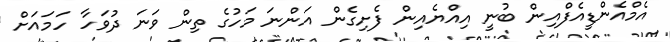
އެމްއެންޑީއެފްއިން ބުނީ އިއްޔެއިން ފެށިގެން އަންނަ މަހުގެ ތިން ވަނަ ދުވަހާ ހަމައަށް